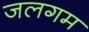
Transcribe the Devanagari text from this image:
जलगम